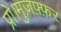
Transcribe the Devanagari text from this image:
प्रो।मुज़फ़्फ़र